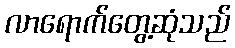
လာရောက်တွေ့ဆုံသည်